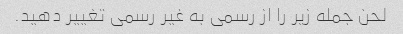
لحن جمله زیر را از رسمی به غیر رسمی تغییر دهید.